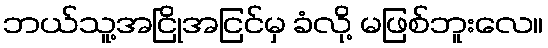
ဘယ်သူ့အငြိုအငြင်မှ ခံလို့ မဖြစ်ဘူးလေ။